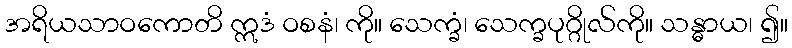
အရိယသာဝကောတိ ဣဒံ ဝစနံ၊ ကို။ သေက္ခံ၊ သေက္ခပုဂ္ဂိုလ်ကို။ သန္ဓာယ၊ ၍။